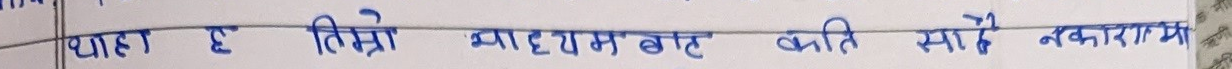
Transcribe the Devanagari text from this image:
थाहा है तिम्रो माध्यमबाट कति साथै नकारात्मक